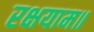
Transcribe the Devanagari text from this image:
रक्षयाम॥